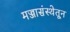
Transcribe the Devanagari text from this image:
मज्जासंस्थेतून